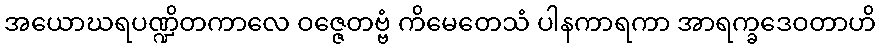
အယောဃရပဏ္ဍိတကာလေ ဝဇ္ဇေတဗ္ဗံ ကိမေတေသံ ပါနကာရကာ အာရက္ခဒေဝတာဟိ